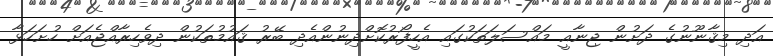
އަދި މިޤާނޫނުގެ ދަށުން ޖިނާއީ މައްސަލަތަކުގައި އެހީފޯރުކޮށްދިނުންއެދި ބޭރު ޤައުމުތަކުން ދިވެހިރާއްޖެއަށް ހުށަހަޅާ